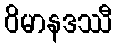
ဝိမာနဒဿီ